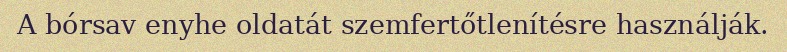
A bórsav enyhe oldatát szemfertőtlenítésre használják.